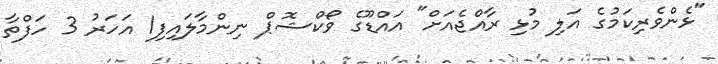
"ޅެންވެރިކަމުގެ އަލި މުޅި ރާއްޖެއަށް" އައްޑޫގެ ވޯކްޝޮޕް ނިންމާލައިފި1 އަހަރު 3 ހަފްތާ